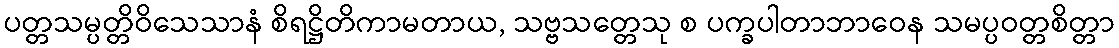
ပတ္တသမ္ပတ္တိဝိသေသာနံ စိရဋ္ဌိတိကာမတာယ, သဗ္ဗသတ္တေသု စ ပက္ခပါတာဘာဝေန သမပ္ပဝတ္တစိတ္တာ